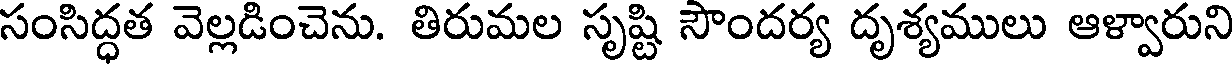
సంసిద్ధత వెల్లడించెను. తిరుమల సృష్టి సౌందర్య దృశ్యములు ఆళ్వారుని